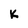
Character: K